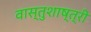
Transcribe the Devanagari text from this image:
वास्तुशाष्त्री